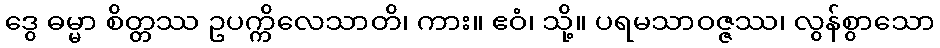
ဒွေ ဓမ္မာ စိတ္တဿ ဥပက္ကိလေသာတိ၊ ကား။ ဧဝံ၊ သို့။ ပရမသာဝဇ္ဇဿ၊ လွန်စွာသော